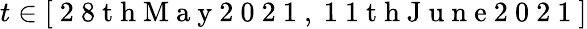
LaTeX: t\in[\mathrm{~2~8~t~h~M~a~y~2~0~2~1~},\mathrm{~1~1~t~h~J~u~n~e~2~0~2~1~}]